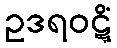
ဥဒရဝဋ္ဋိံ